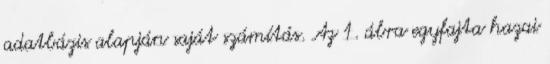
adatbázis alapján saját számítás. Az 1. ábra egyfajta hazai